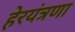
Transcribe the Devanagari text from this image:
हेरयंत्रणा